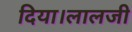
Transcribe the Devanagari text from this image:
दिया।लालजी